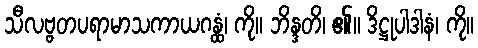
သီလဗ္ဗတပရာမာသကာယဂန္ထံ၊ ကို။ ဘိန္ဒတိ၊ ၏။ ဒိဋ္ဌုပါဒါနံ၊ ကို။